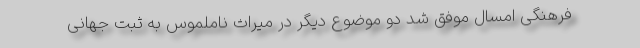
فرهنگی امسال موفق شد دو موضوع دیگر در میراث ناملموس به ثبت جهانی